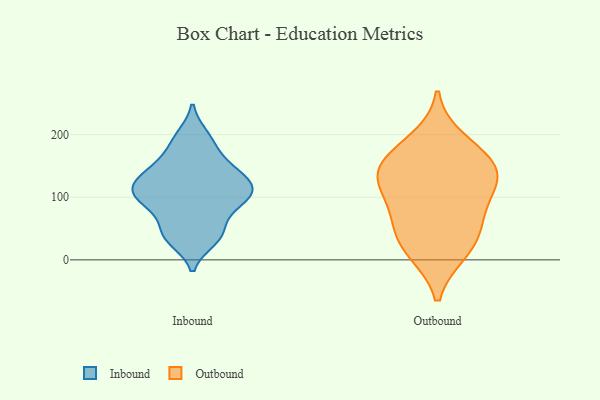
{"axis": {"x": "Page Views", "y": "Value"}, "legend": ["Inbound", "Outbound"], "data": [{"x": "", "y": 113, "type": "Inbound"}, {"x": "", "y": 38, "type": "Inbound"}, {"x": "", "y": 153, "type": "Inbound"}, {"x": "", "y": 198, "type": "Inbound"}, {"x": "", "y": 32, "type": "Inbound"}, {"x": "", "y": 119, "type": "Inbound"}, {"x": "", "y": 78, "type": "Inbound"}, {"x": "", "y": 165, "type": "Inbound"}, {"x": "", "y": 140, "type": "Inbound"}, {"x": "", "y": 127, "type": "Inbound"}, {"x": "", "y": 97, "type": "Inbound"}, {"x": "", "y": 116, "type": "Inbound"}, {"x": "", "y": 94, "type": "Inbound"}, {"x": "", "y": 38, "type": "Inbound"}, {"x": "", "y": 92, "type": "Inbound"}, {"x": "", "y": 50, "type": "Inbound"}, {"x": "", "y": 191, "type": "Inbound"}, {"x": "", "y": 104, "type": "Inbound"}, {"x": "", "y": 134, "type": "Inbound"}, {"x": "", "y": 165, "type": "Outbound"}, {"x": "", "y": 192, "type": "Outbound"}, {"x": "", "y": 59, "type": "Outbound"}, {"x": "", "y": 15, "type": "Outbound"}, {"x": "", "y": 154, "type": "Outbound"}, {"x": "", "y": 126, "type": "Outbound"}, {"x": "", "y": 114, "type": "Outbound"}, {"x": "", "y": 80, "type": "Outbound"}, {"x": "", "y": 126, "type": "Outbound"}, {"x": "", "y": 147, "type": "Outbound"}, {"x": "", "y": 12, "type": "Outbound"}, {"x": "", "y": 48, "type": "Outbound"}]}